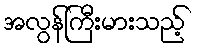
အလွန်ကြီးမားသည့်